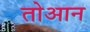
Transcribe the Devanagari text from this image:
तोआन